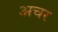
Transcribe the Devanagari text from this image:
अचर